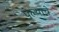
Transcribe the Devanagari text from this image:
पेल्याचे